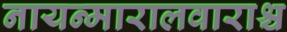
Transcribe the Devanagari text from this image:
नायन्मारालवाराश्च